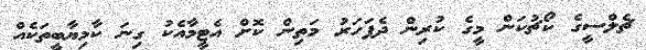
ޗެލްސީގެ ކޯޗުކަން މީގެ ކުރިން ދެފަހަރު މަތިން ކޮށް އެޓީމާއެކު ގިނަ ކާމިޔާބީތަކެއް